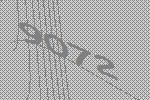
9072